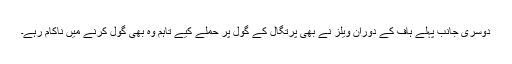
دوسری جانب پہلے ہاف کے دوران ویلز نے بھی پرتگال کے گول پر حملے کیے تاہم وہ بھی گول کرنے میں ناکام رہے۔